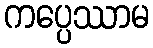
ကပ္ပေဿာမ